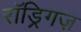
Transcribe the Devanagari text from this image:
रॉड्रिगज़